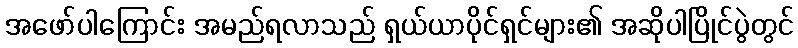
အဖော်ပါကြောင်း အမည်ရလာသည် ရှယ်ယာပိုင်ရှင်များ၏ အဆိုပါပြိုင်ပွဲတွင်